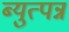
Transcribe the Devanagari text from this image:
ब्युत्पन्न